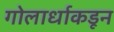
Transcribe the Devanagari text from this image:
गोलार्धाकडून